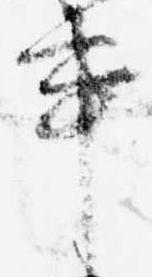
事